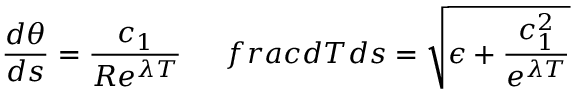
\frac { d \theta } { d s } = \frac { c _ { 1 } } { R e ^ { \lambda T } } \ \ \ \ \, f r a c { d T } { d s } = \sqrt { \epsilon + \frac { c _ { 1 } ^ { 2 } } { e ^ { \lambda T } } }